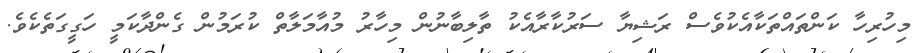
މިހުރިހާ ކަންތައްތަކާއެކުވެސް ރަޝިޔާ ސަރުކާރާއެކު ތާލިބާނުން މިހާރު މުއާމަލާތް ކުރަމުން ގެންދާކަމީ ހަގީގަތެކެވެ.